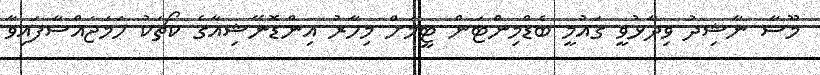
މޫސާ ނާޝިދު ވިދާޅުވީ ގައުމީ ބެޑްމިންޓަން ޓީމަށް މިހާރު އިންޑޮނޭޝިއާގެ ކޯޗަކު ހަމަޖައްސާފައިވާ